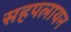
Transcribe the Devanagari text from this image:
सहपलायन